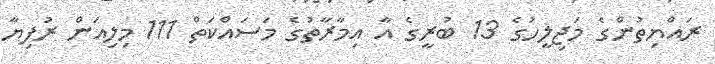
ރައްޔިތުންގެ މަޖިލީހުގެ 13 ބުރީގެ އާ އިމާރާތުގެ މަސައްކަތް 111 މިލިއަން ރުފިޔާ